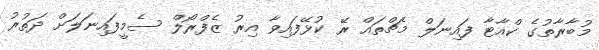
މުބާރާތުގެ ކްއާޓާ ފައިނަލް މެޗްތައް ރޭ ކުޅޭފައިވާ އިރު ޒެފްރޯލް ސެމީފައިނަލަށް ދަތުރު